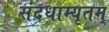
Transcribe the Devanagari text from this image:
संदधाम्यृतम्